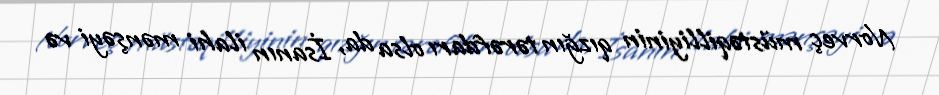
Norveç müstəqilliyinin qızğın tərəfdarı olsa da, İsanın ilahi mənşəyi və